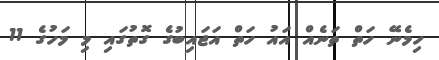
ހިމެނޭ ހަތް ތަނެއް އައު ހަތް އަޖައިބުގެ ގޮތުގައި މި މަހުގެ 11